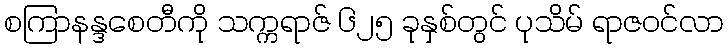
စကြာနန္ဒစေတီကို သက္ကရာဇ် ၆၂၅ ခုနှစ်တွင် ပုသိမ် ရာဇဝင်လာ